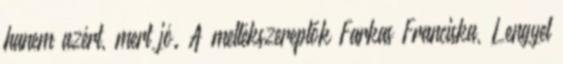
hanem azért, mert jó. A mellékszereplők Farkas Franciska, Lengyel